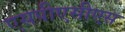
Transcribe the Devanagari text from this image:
एसपीएसीएस